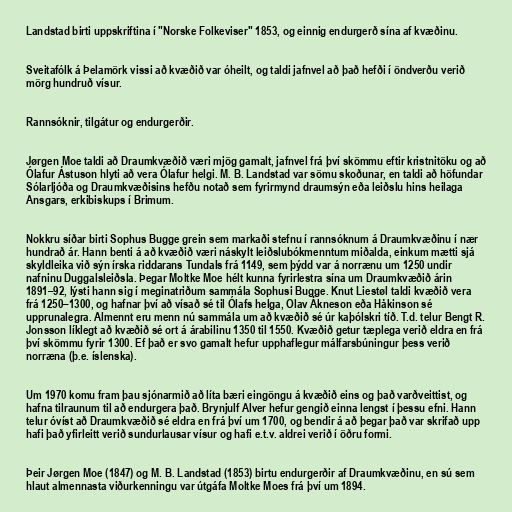
Landstad birti uppskriftina í "Norske Folkeviser" 1853, og einnig endurgerð sína af kvæðinu.

Sveitafólk á Þelamörk vissi að kvæðið var óheilt, og taldi jafnvel að það hefði í öndverðu verið
mörg hundruð vísur.

Rannsóknir, tilgátur og endurgerðir.

Jørgen Moe taldi að Draumkvæðið væri mjög gamalt, jafnvel frá því skömmu eftir kristnitöku og að
Ólafur Ástuson hlyti að vera Ólafur helgi. M. B. Landstad var sömu skoðunar, en taldi að höfundar
Sólarljóða og Draumkvæðisins hefðu notað sem fyrirmynd draumsýn eða leiðslu hins heilaga
Ansgars, erkibiskups í Brimum.

Nokkru síðar birti Sophus Bugge grein sem markaði stefnu í rannsóknum á Draumkvæðinu í nær
hundrað ár. Hann benti á að kvæðið væri náskylt leiðslubókmenntum miðalda, einkum mætti sjá
skyldleika við sýn írska riddarans Tundals frá 1149, sem þýdd var á norrænu um 1250 undir
nafninu Duggalsleiðsla. Þegar Moltke Moe hélt kunna fyrirlestra sína um Draumkvæðið árin
1891–92, lýsti hann sig í meginatriðum sammála Sophusi Bugge. Knut Liestøl taldi kvæðið vera
frá 1250–1300, og hafnar því að vísað sé til Ólafs helga, Olav Åkneson eða Håkinson sé
upprunalegra. Almennt eru menn nú sammála um að kvæðið sé úr kaþólskri tíð. T.d. telur Bengt R.
Jonsson líklegt að kvæðið sé ort á árabilinu 1350 til 1550. Kvæðið getur tæplega verið eldra en frá
því skömmu fyrir 1300. Ef það er svo gamalt hefur upphaflegur málfarsbúningur þess verið
norræna (þ.e. íslenska).

Um 1970 komu fram þau sjónarmið að líta bæri eingöngu á kvæðið eins og það varðveittist, og
hafna tilraunum til að endurgera það. Brynjulf Alver hefur gengið einna lengst í þessu efni. Hann
telur óvíst að Draumkvæðið sé eldra en frá því um 1700, og bendir á að þegar það var skrifað upp
hafi það yfirleitt verið sundurlausar vísur og hafi e.t.v. aldrei verið í öðru formi.

Þeir Jørgen Moe (1847) og M. B. Landstad (1853) birtu endurgerðir af Draumkvæðinu, en sú sem
hlaut almennasta viðurkenningu var útgáfa Moltke Moes frá því um 1894.